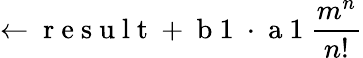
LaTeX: \leftarrow\mathrm{~r~e~s~u~l~t~}+\mathrm{~b~1~}\cdot\mathrm{~a~1~}\frac{m^{n}}{n!}